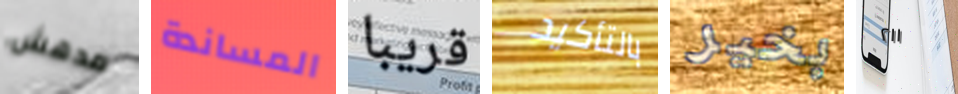
مدهش المساندة قريبا بالتأكيد بخير ٢١١